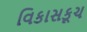
વિકાસકૂચ